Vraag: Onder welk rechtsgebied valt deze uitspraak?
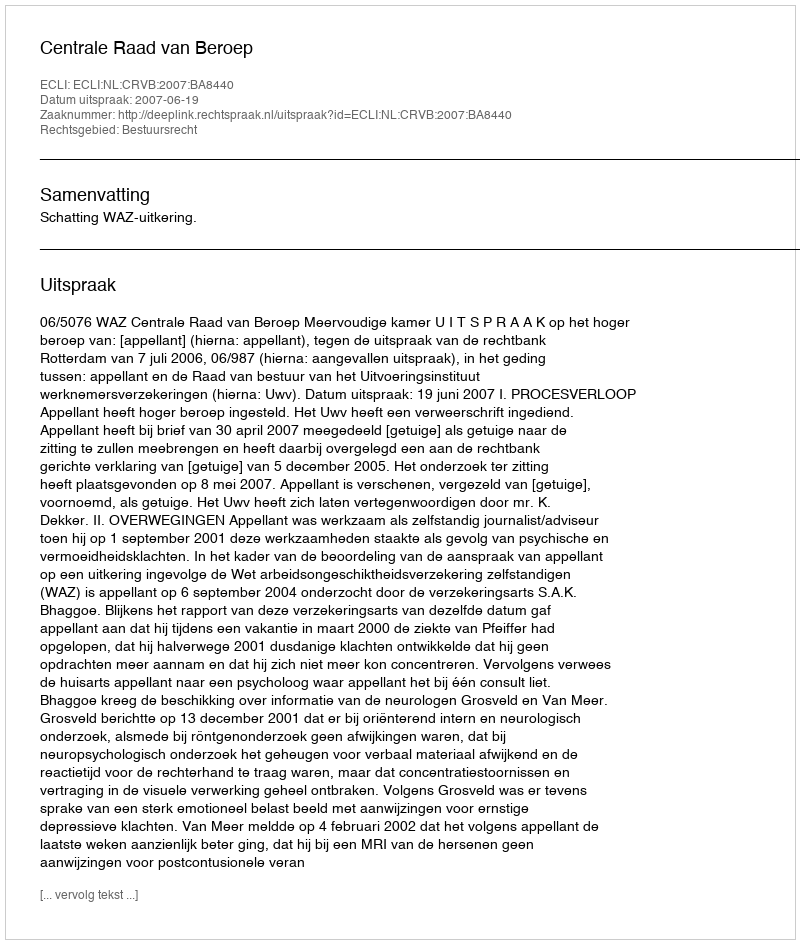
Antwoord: Bestuursrecht